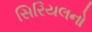
સિરિયલનો